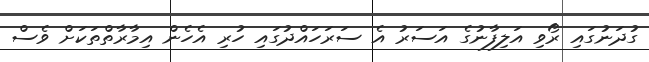
ގުދަނުގައި ރޯވި އަލިފާނުގެ އަސަރު އެ ސަރަހައްދުގައި ހުރި އެހެން އިމާރާތްތަކަށް ވެސް